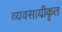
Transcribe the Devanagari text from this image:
व्यवसायीकृत